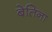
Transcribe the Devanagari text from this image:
बेतिना